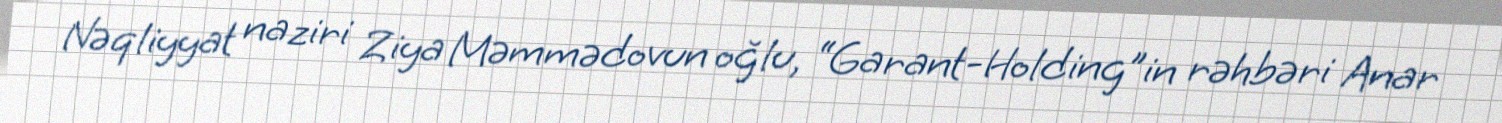
Nəqliyyat naziri Ziya Məmmədovun oğlu, “Garant-Holding”in rəhbəri Anar